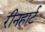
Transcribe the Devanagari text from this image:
रीनहार्ट